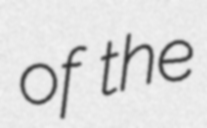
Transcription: of the